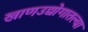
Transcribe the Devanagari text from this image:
खाणउद्योगातल्या